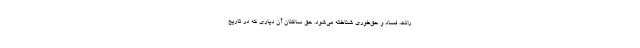
رانت، فساد و حق‌خوري شناخته مي‌شود. حق ساكنان آن دياري كه در تاريخ